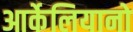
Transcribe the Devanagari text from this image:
आर्केलियानो